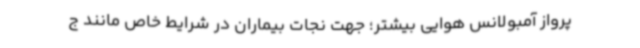
پرواز آمبولانس هوایی بیشتر؛ جهت نجات بیماران در شرایط خاص مانند ج